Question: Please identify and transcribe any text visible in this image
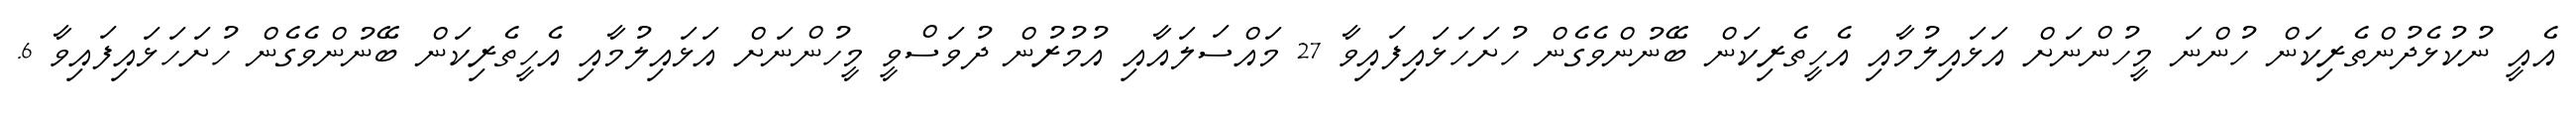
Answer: އެއީ ނުކުޅެދުންތެރިކަން ހުންނަ މީހުންނަށް އަޅައިލުމާއި އެހީތެރިކަން ބޭނުންވެގެން ހުށަހަޅައިފައިވާ 27 މައްސަލައާއި އުމުރުން ދުވަސްވީ މީހުންނަށް އަޅައިލުމާއި އެހީތެރިކަން ބޭނުންވެގެން ހުށަހަޅައިފައިވާ 6.